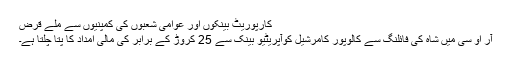
کارپوریٹ بینکوں اور عوامی شعبوں کی کمپنیوں سے ملے قرض
آر او سی میں شاہ کی فائلنگ سے کالوپور کامرشیل کوآپریٹیو بینک سے 25 کروڑ کے برابر کی مالی امداد کا پتا چلتا ہے۔